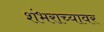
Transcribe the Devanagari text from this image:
शंभराच्यावर